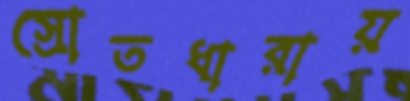
স্রোতধারায়